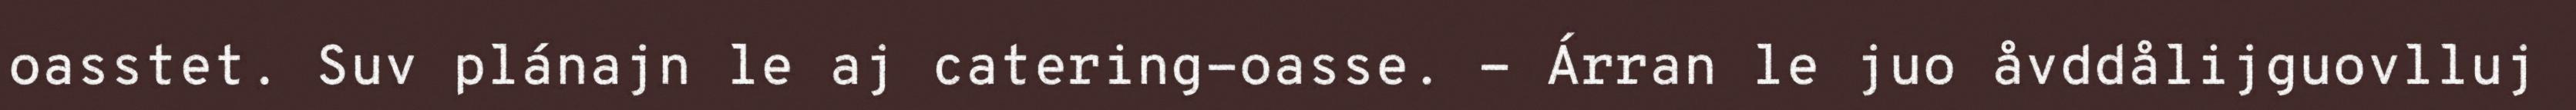
oasstet. Suv plánajn le aj catering-oasse. - Árran le juo åvddålijguovlluj